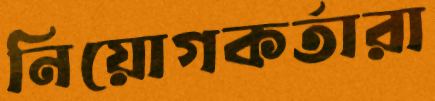
নিয়োগকর্তারা